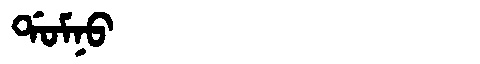
Manchu: ᡩᠣᠮᠨᠣ
Romanization: DOMNO